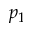
p _ { 1 }